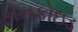
કોનકોઇડ